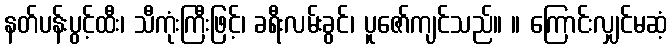
နတ်ပန်းပွင့်ထီး၊ သီကုံးကြီးဖြင့်၊ ခရီးလမ်းခွင်၊ ပူဇော်ကျင်သည်။ ။ ကြောင်းလျှင်မဆံ့